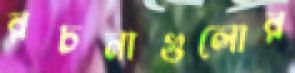
রচনাগুলোর